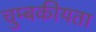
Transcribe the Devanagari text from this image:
चुम्बकीयता